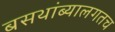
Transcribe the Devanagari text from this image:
बसथांब्यालगतच